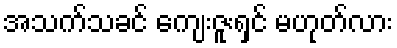
အသက်သခင် ကျေးဇူးရှင် မဟုတ်လား